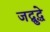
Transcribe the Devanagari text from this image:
जद्बुद्धे